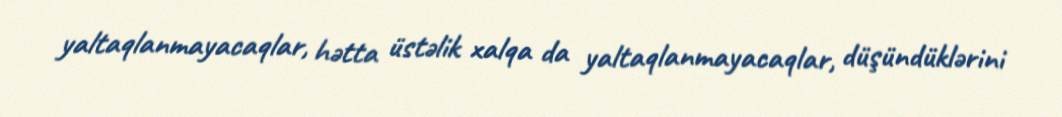
yaltaqlanmayacaqlar, hətta üstəlik xalqa da yaltaqlanmayacaqlar, düşündüklərini